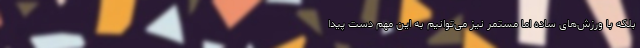
بلکه با ورزش‌های ساده اما مستمر نیز می‌توانیم به این مهم دست پیدا